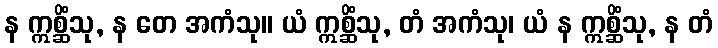
န ဣစ္ဆိံသု, န တေ အကံသု။ ယံ ဣစ္ဆိံသု, တံ အကံသု၊ ယံ န ဣစ္ဆိံသု, န တံ